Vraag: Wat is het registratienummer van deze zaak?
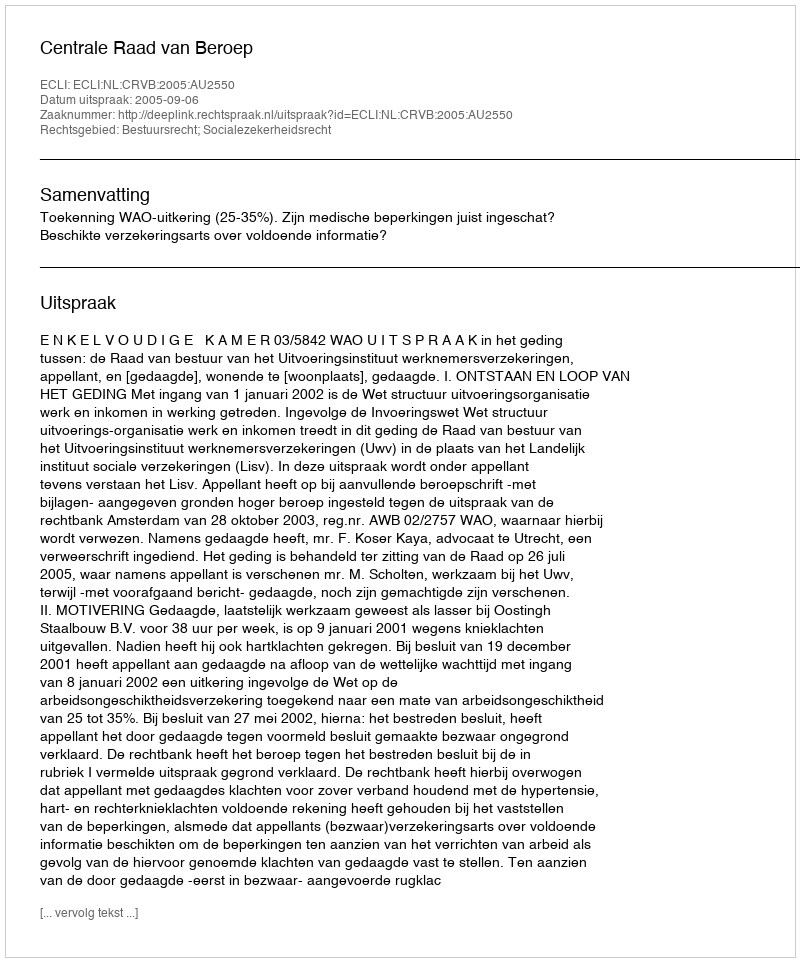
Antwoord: http://deeplink.rechtspraak.nl/uitspraak?id=ECLI:NL:CRVB:2005:AU2550